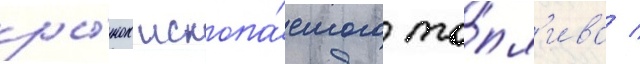
ры́нок ископа́емого то́пл'ива /